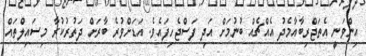
އިންވަނީ އެތަޖްރިބާއާމެދު އެއްޗެއް ބުނުމަށް އަދި ފަސްޖެހިފައެވެ. އަޑަށްވުރެ ބާރަށް ދަތުރުކުރާ މިސައިލްތައް